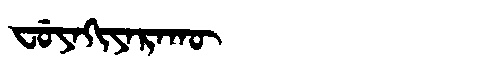
Manchu: ᠸᡠᠶᠠᡴᡳᠶᠠᡵᠠᡴᡡ
Romanization: FUYAKIYARAKŪ